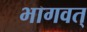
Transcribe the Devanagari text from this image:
भागवत्‌